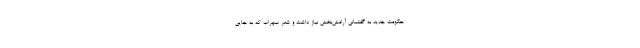
حکومت جدید به گفتمانی آرامش‌بخش نیاز داشت و شعر سهراب که به جایی